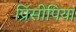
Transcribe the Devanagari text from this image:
प्रिंसीपिया